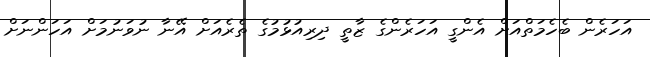
އަހަރެން ބެހެމަތްއަށް އެންގީ އަހަރެންގެ ޒާތީ ދިރިއުޅުމުގެ ތެރެއަށް އޭނާ ނުވަނުމަށް އަހަންނަށް